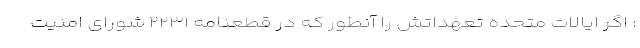
: اگر ایالات متحده تعهداتش را آنطور که در قطعنامه ۲۲۳۱ شورای امنیت